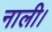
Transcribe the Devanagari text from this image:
नाली।